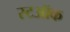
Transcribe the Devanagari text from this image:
स्टऑक